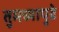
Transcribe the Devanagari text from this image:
तुमच्यापुढे